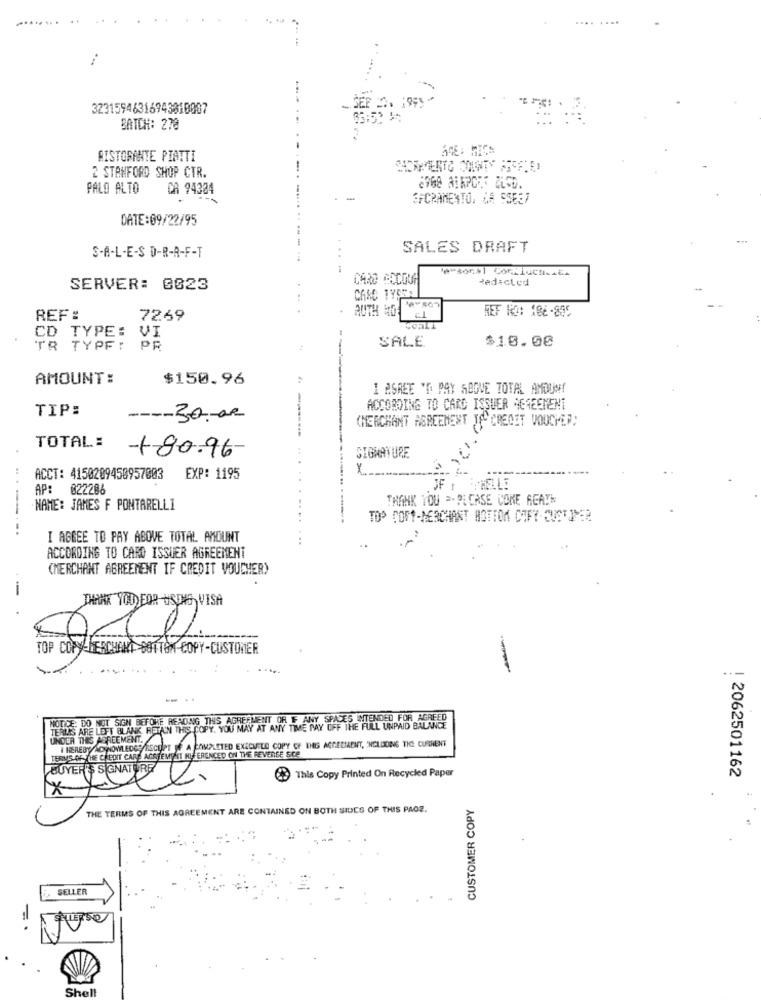
32315946316943010087
BATCH: 278
RISTORANTE PIATTI
2 STANFORD SHOP CTR.
PALO ALTO
CA 94304
GFCRAMENTO. LA SSEE7
DATE:09/22/95
S-A-L-E-S D-R-A-F-T
SALES DRAFT
'e"son$1 ConLiuchicaGA
CARO COCOUN
35
Redacted
SERVER: 0023
AUTH HO-
REF NO: 186-889
REF :
7269
CD TYPE:
VI
SALE
$10.00
TR TYPF: PR
AMOUNT:
$150.96
I ASREE 'D PAY ABOVE TOTAL AMOUNT
TIP:
ACCORDING TO CARD ISSUER AGREEMENT
---- 30.00
(MERCHANT AGREEMENT JAL CREDET VOUCHED)
TOTAL:
-+80.96-
SIGNATURE
ACCT: 4150209450957003
EXP: 1195
AP: 022206
JF , SEMELLE
THANK YOU =PICASE CONE REATH
NAME: JAMES F PONTARELLI
TOP COST-MERCHANT BOTTOM COPY-CUSTOMER
-------
I AGREE TO PAY ABOVE TOTAL AMOUNT
ACCORDING TO CARD ISSUER AGREEMENT
(MERCHANT AGREEMENT IF CREDIT VOUCHER)
-
THANK YOU FOR USING VISA
TOP COPY MERCHANT BUTTON COPY-CUSTOMER
.......
NOTICE: DO NOT SIGN BEFORE READING THIS AGREEMENT OR IF ANY SPACES INTENDED FOR AGREED
TERIAS ARE LEFT BLANK RETAIN THIS COPY, YOU MAY AT ANY TIME PAY OFF THE FULL UNPAID BALANCE
I HEREBY AOWNOWLEDGE RECEPT JE A COMPLETED EXECUILE COPY OF THE ACREUSENT, INCLUDING THE CURRENT
TERMS OFTHE CREDIT CARE ACSHEMENIT NUFERENCED ON THE REVERSE SCE
BUYER'S SIGNATURE
2.
* This Copy Printed On Recycled Paper
! 2062501162
..
CUSTOMER COPY
THE TERMS OF THIS AGREEMENT ARE CONTAINED ON BOTH SIDES OF THIS PAGE.
SELLER
ELLERSQ
Shell